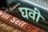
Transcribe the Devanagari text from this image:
घवी